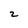
Character: 2